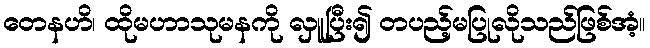
တေနဟိ၊ ထိုမဟာသုမနကို လှူပြီး၍ တပည့်မပြုလိုသည်ဖြစ်အံ့။